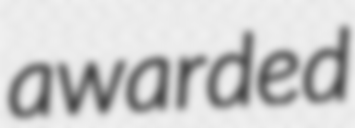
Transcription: awarded